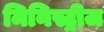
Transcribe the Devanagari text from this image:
मिनिस्ट्रीज